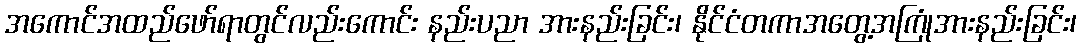
အကောင်အထည်ဖော်ရာတွင်လည်းကောင်း နည်းပညာ အားနည်းခြင်း၊ နိုင်ငံတကာအတွေ့အကြုံအားနည်းခြင်း၊